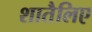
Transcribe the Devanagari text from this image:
शातैलिए